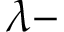
\lambda -